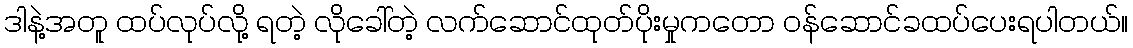
ဒါနဲ့အတူ ထပ်လုပ်လို့ ရတဲ့ လိုခေါ်တဲ့ လက်ဆောင်ထုတ်ပိုးမှုကတော ဝန်ဆောင်ခထပ်ပေးရပါတယ်။